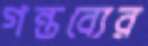
গন্তব্যের